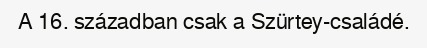
A 16. században csak a Szürtey-családé.